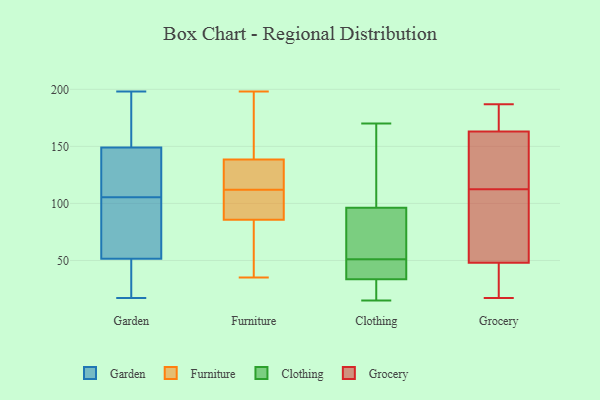
{"axis": {"x": "Backlog", "y": "Value"}, "legend": ["Clothing", "Furniture", "Garden", "Grocery"], "data": [{"x": "", "y": 77, "type": "Garden"}, {"x": "", "y": 147, "type": "Garden"}, {"x": "", "y": 61, "type": "Garden"}, {"x": "", "y": 112, "type": "Garden"}, {"x": "", "y": 179, "type": "Garden"}, {"x": "", "y": 17, "type": "Garden"}, {"x": "", "y": 106, "type": "Garden"}, {"x": "", "y": 178, "type": "Garden"}, {"x": "", "y": 42, "type": "Garden"}, {"x": "", "y": 94, "type": "Garden"}, {"x": "", "y": 136, "type": "Garden"}, {"x": "", "y": 176, "type": "Garden"}, {"x": "", "y": 41, "type": "Garden"}, {"x": "", "y": 41, "type": "Garden"}, {"x": "", "y": 198, "type": "Garden"}, {"x": "", "y": 20, "type": "Garden"}, {"x": "", "y": 138, "type": "Garden"}, {"x": "", "y": 151, "type": "Garden"}, {"x": "", "y": 105, "type": "Garden"}, {"x": "", "y": 90, "type": "Garden"}, {"x": "", "y": 136, "type": "Furniture"}, {"x": "", "y": 112, "type": "Furniture"}, {"x": "", "y": 63, "type": "Furniture"}, {"x": "", "y": 76, "type": "Furniture"}, {"x": "", "y": 114, "type": "Furniture"}, {"x": "", "y": 146, "type": "Furniture"}, {"x": "", "y": 107, "type": "Furniture"}, {"x": "", "y": 154, "type": "Furniture"}, {"x": "", "y": 89, "type": "Furniture"}, {"x": "", "y": 120, "type": "Furniture"}, {"x": "", "y": 35, "type": "Furniture"}, {"x": "", "y": 198, "type": "Furniture"}, {"x": "", "y": 93, "type": "Furniture"}, {"x": "", "y": 15, "type": "Clothing"}, {"x": "", "y": 170, "type": "Clothing"}, {"x": "", "y": 38, "type": "Clothing"}, {"x": "", "y": 32, "type": "Clothing"}, {"x": "", "y": 121, "type": "Clothing"}, {"x": "", "y": 17, "type": "Clothing"}, {"x": "", "y": 91, "type": "Clothing"}, {"x": "", "y": 51, "type": "Clothing"}, {"x": "", "y": 98, "type": "Clothing"}, {"x": "", "y": 49, "type": "Clothing"}, {"x": "", "y": 90, "type": "Clothing"}, {"x": "", "y": 19, "type": "Grocery"}, {"x": "", "y": 91, "type": "Grocery"}, {"x": "", "y": 166, "type": "Grocery"}, {"x": "", "y": 155, "type": "Grocery"}, {"x": "", "y": 140, "type": "Grocery"}, {"x": "", "y": 17, "type": "Grocery"}, {"x": "", "y": 170, "type": "Grocery"}, {"x": "", "y": 97, "type": "Grocery"}, {"x": "", "y": 48, "type": "Grocery"}, {"x": "", "y": 163, "type": "Grocery"}, {"x": "", "y": 187, "type": "Grocery"}, {"x": "", "y": 128, "type": "Grocery"}, {"x": "", "y": 63, "type": "Grocery"}, {"x": "", "y": 34, "type": "Grocery"}]}